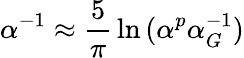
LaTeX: \alpha^{-1}\approx{\frac{5}{\pi}}\ln{(\alpha^{p}\alpha_{G}^{-1})}